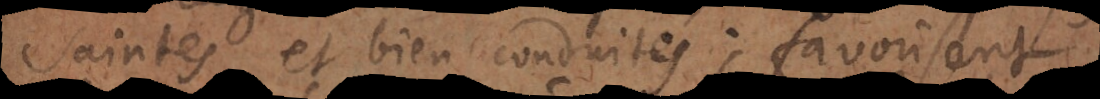
Saintes et bien conduites; favorisent